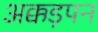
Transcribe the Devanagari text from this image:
अक्कड़पन